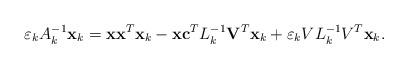
LaTeX: \begin{align*}\varepsilon _{k}A_{k}^{-1}\mathbf{x}_{k}=\mathbf{x}\mathbf{x}^{T}\mathbf{x}_{k}-\mathbf{x}\mathbf{c}^{T}L_{k}^{-1}\mathbf{V}^{T}\mathbf{x}_{k}+\varepsilon _{k}VL_{k}^{-1}V^{T}\mathbf{x}_{k}. \end{align*}